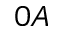
0 A